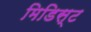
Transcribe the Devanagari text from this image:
मिडिस्ट